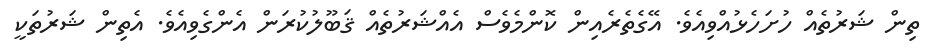
ތިން ޝަރުތެއް ހުށަހެޅުއްވިއެވެ. އޭގެތެރެއިން ކޮންމެވެސް އެއްޝަރުތެއް ޤަބޫލުކުރަން އެންގެވިއެވެ. އެތިން ޝަރުތަކީ